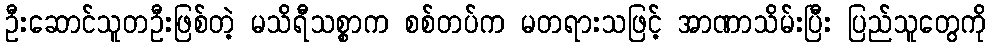
ဦးဆောင်သူတဦးဖြစ်တဲ့ မသိရီသစ္စာက စစ်တပ်က မတရားသဖြင့် အာဏာသိမ်းပြီး ပြည်သူတွေကို